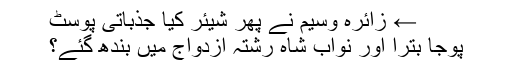
← زائرہ وسیم نے پھر شیئر کیا جذباتی پوسٹ
پوجا بترا اور نواب شاہ رشتۂ ازدواج میں بندھ گئے؟